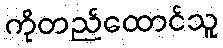
ကိုတည်ထောင်သူ